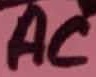
Text: AC